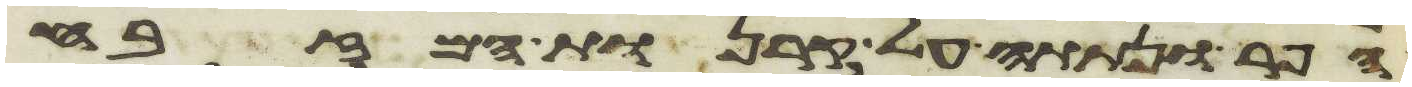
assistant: הפר ונתתה על קרנות המזבח